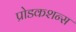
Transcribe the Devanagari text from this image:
प्रोडकशन्स